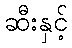
ဆီးနှင့်